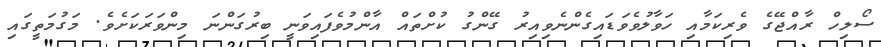
ސޯލިހް ރާއްޖޭގެ ވެރިކަމާއި ހަވާލުވެވަޑައިގެންނެވިއިރު ގޭންގު ކުށްތައް އާންމުވެފައިވަނީ ބިރުގަންނަ މިންވަރަކަށެވެ. މަގުމަތީގައި